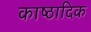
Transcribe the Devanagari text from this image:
काष्‍ठादिक